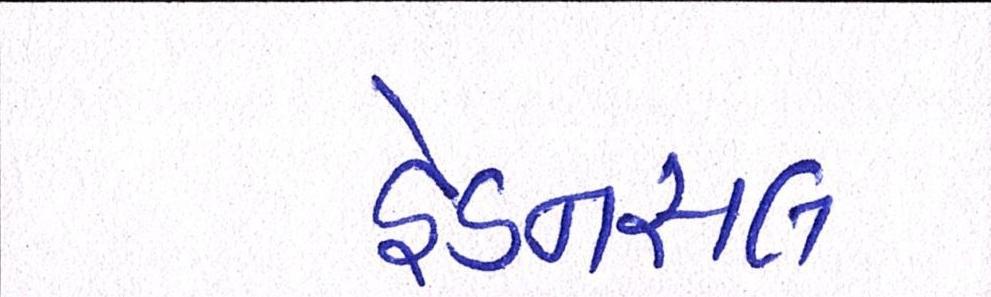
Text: હેડનસલ